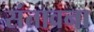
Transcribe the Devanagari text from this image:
संतावना